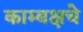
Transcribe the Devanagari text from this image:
काम्बक्षचे